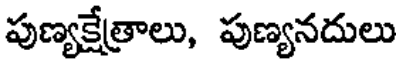
పుణ్యక్షేత్రాలు, పుణ్యనదులు